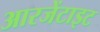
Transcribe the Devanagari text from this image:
आरजेंटाइट